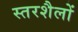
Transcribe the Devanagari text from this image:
स्तरशैलों